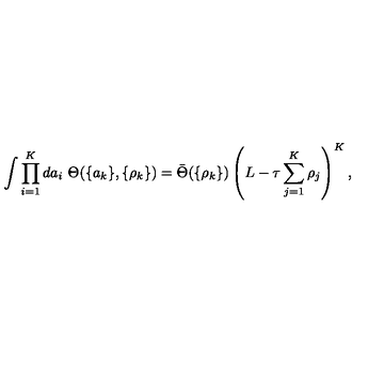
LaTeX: \int \prod _ { i = 1 } ^ { K } d a _ { i } \ \Theta ( \{ a _ { k } \} , \{ \rho _ { k } \} ) = \bar { \Theta } ( \{ \rho _ { k } \} ) \left( L - \tau \sum _ { j = 1 } ^ { K } \rho _ { j } \right) ^ { K } ,